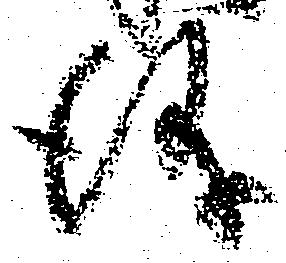
儀